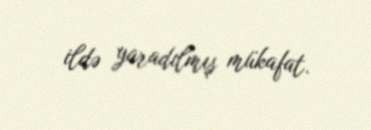
ildə yaradılmış mükafat.